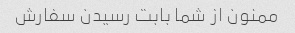
ممنون از شما بابت رسیدن سفارش